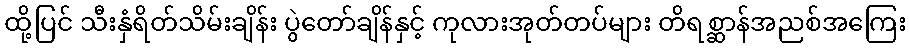
ထို့ပြင် သီးနှံရိတ်သိမ်းချိန်း ပွဲတော်ချိန်နှင့် ကုလားအုတ်တပ်များ တိရစ္ဆာန်အညစ်အကြေး